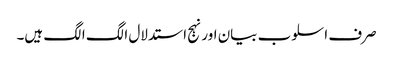
صرف اسلوب بیان اور نہج استدلال الگ الگ ہیں۔